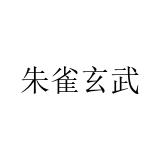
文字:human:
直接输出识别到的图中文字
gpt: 朱雀玄武